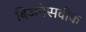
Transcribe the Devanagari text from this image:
बिजनेसवीक